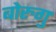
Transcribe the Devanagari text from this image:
बोरुगु